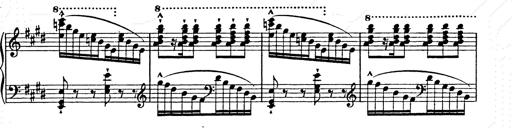
Title: Ab irato
Composer: Franz Liszt